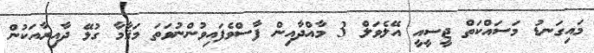
މައިގަނޑު މަސައްކަތް ޖީސީއީ އޭލެވަލް 3 މާއްދާއިން ފާސްވެފައިވުންނުވަތަ މަޤާމާ ގުޅޭ ދާއިރާއަކުން